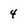
Character: 4